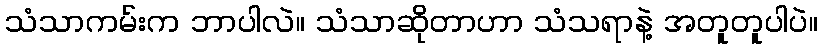
သံသာကမ်းက ဘာပါလဲ။ သံသာဆိုတာဟာ သံသရာနဲ့ အတူတူပါပဲ။